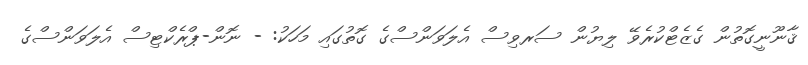
ޤާނޫނީގޮތުން ގެޒެޓްކުރެވޭ ލިޔުން ސަރވިސް އެލަވަންސްގެ ގޮތުގައި މަހަކު: - ނޮން-ޕްރެކްޓިސް އެލަވަންސްގެ